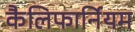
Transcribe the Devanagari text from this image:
कैलिफार्नियम